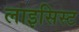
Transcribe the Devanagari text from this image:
लाइसिस्ट